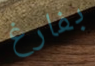
بفارغ